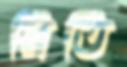
রিতি